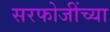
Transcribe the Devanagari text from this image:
सरफोजींच्या